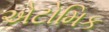
એટોમિક